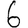
Digit: 6